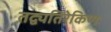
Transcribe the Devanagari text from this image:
तद्व्यतिरेकिणः